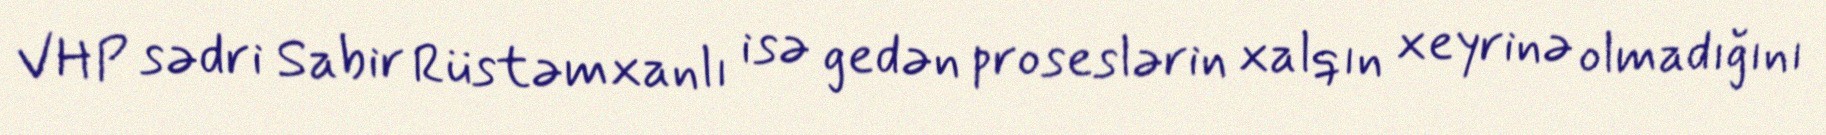
VHP sədri Sabir Rüstəmxanlı isə gedən proseslərin xalqın xeyrinə olmadığını